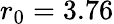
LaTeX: r_{0}=3.76